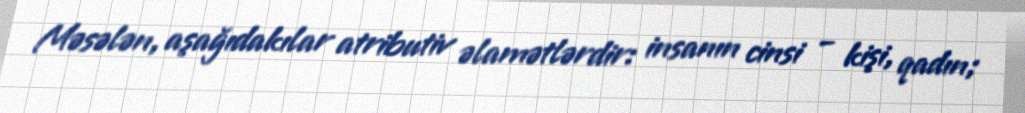
Məsələn, aşağıdakılar atributiv əlamətlərdir: insanın cinsi – kişi, qadın;